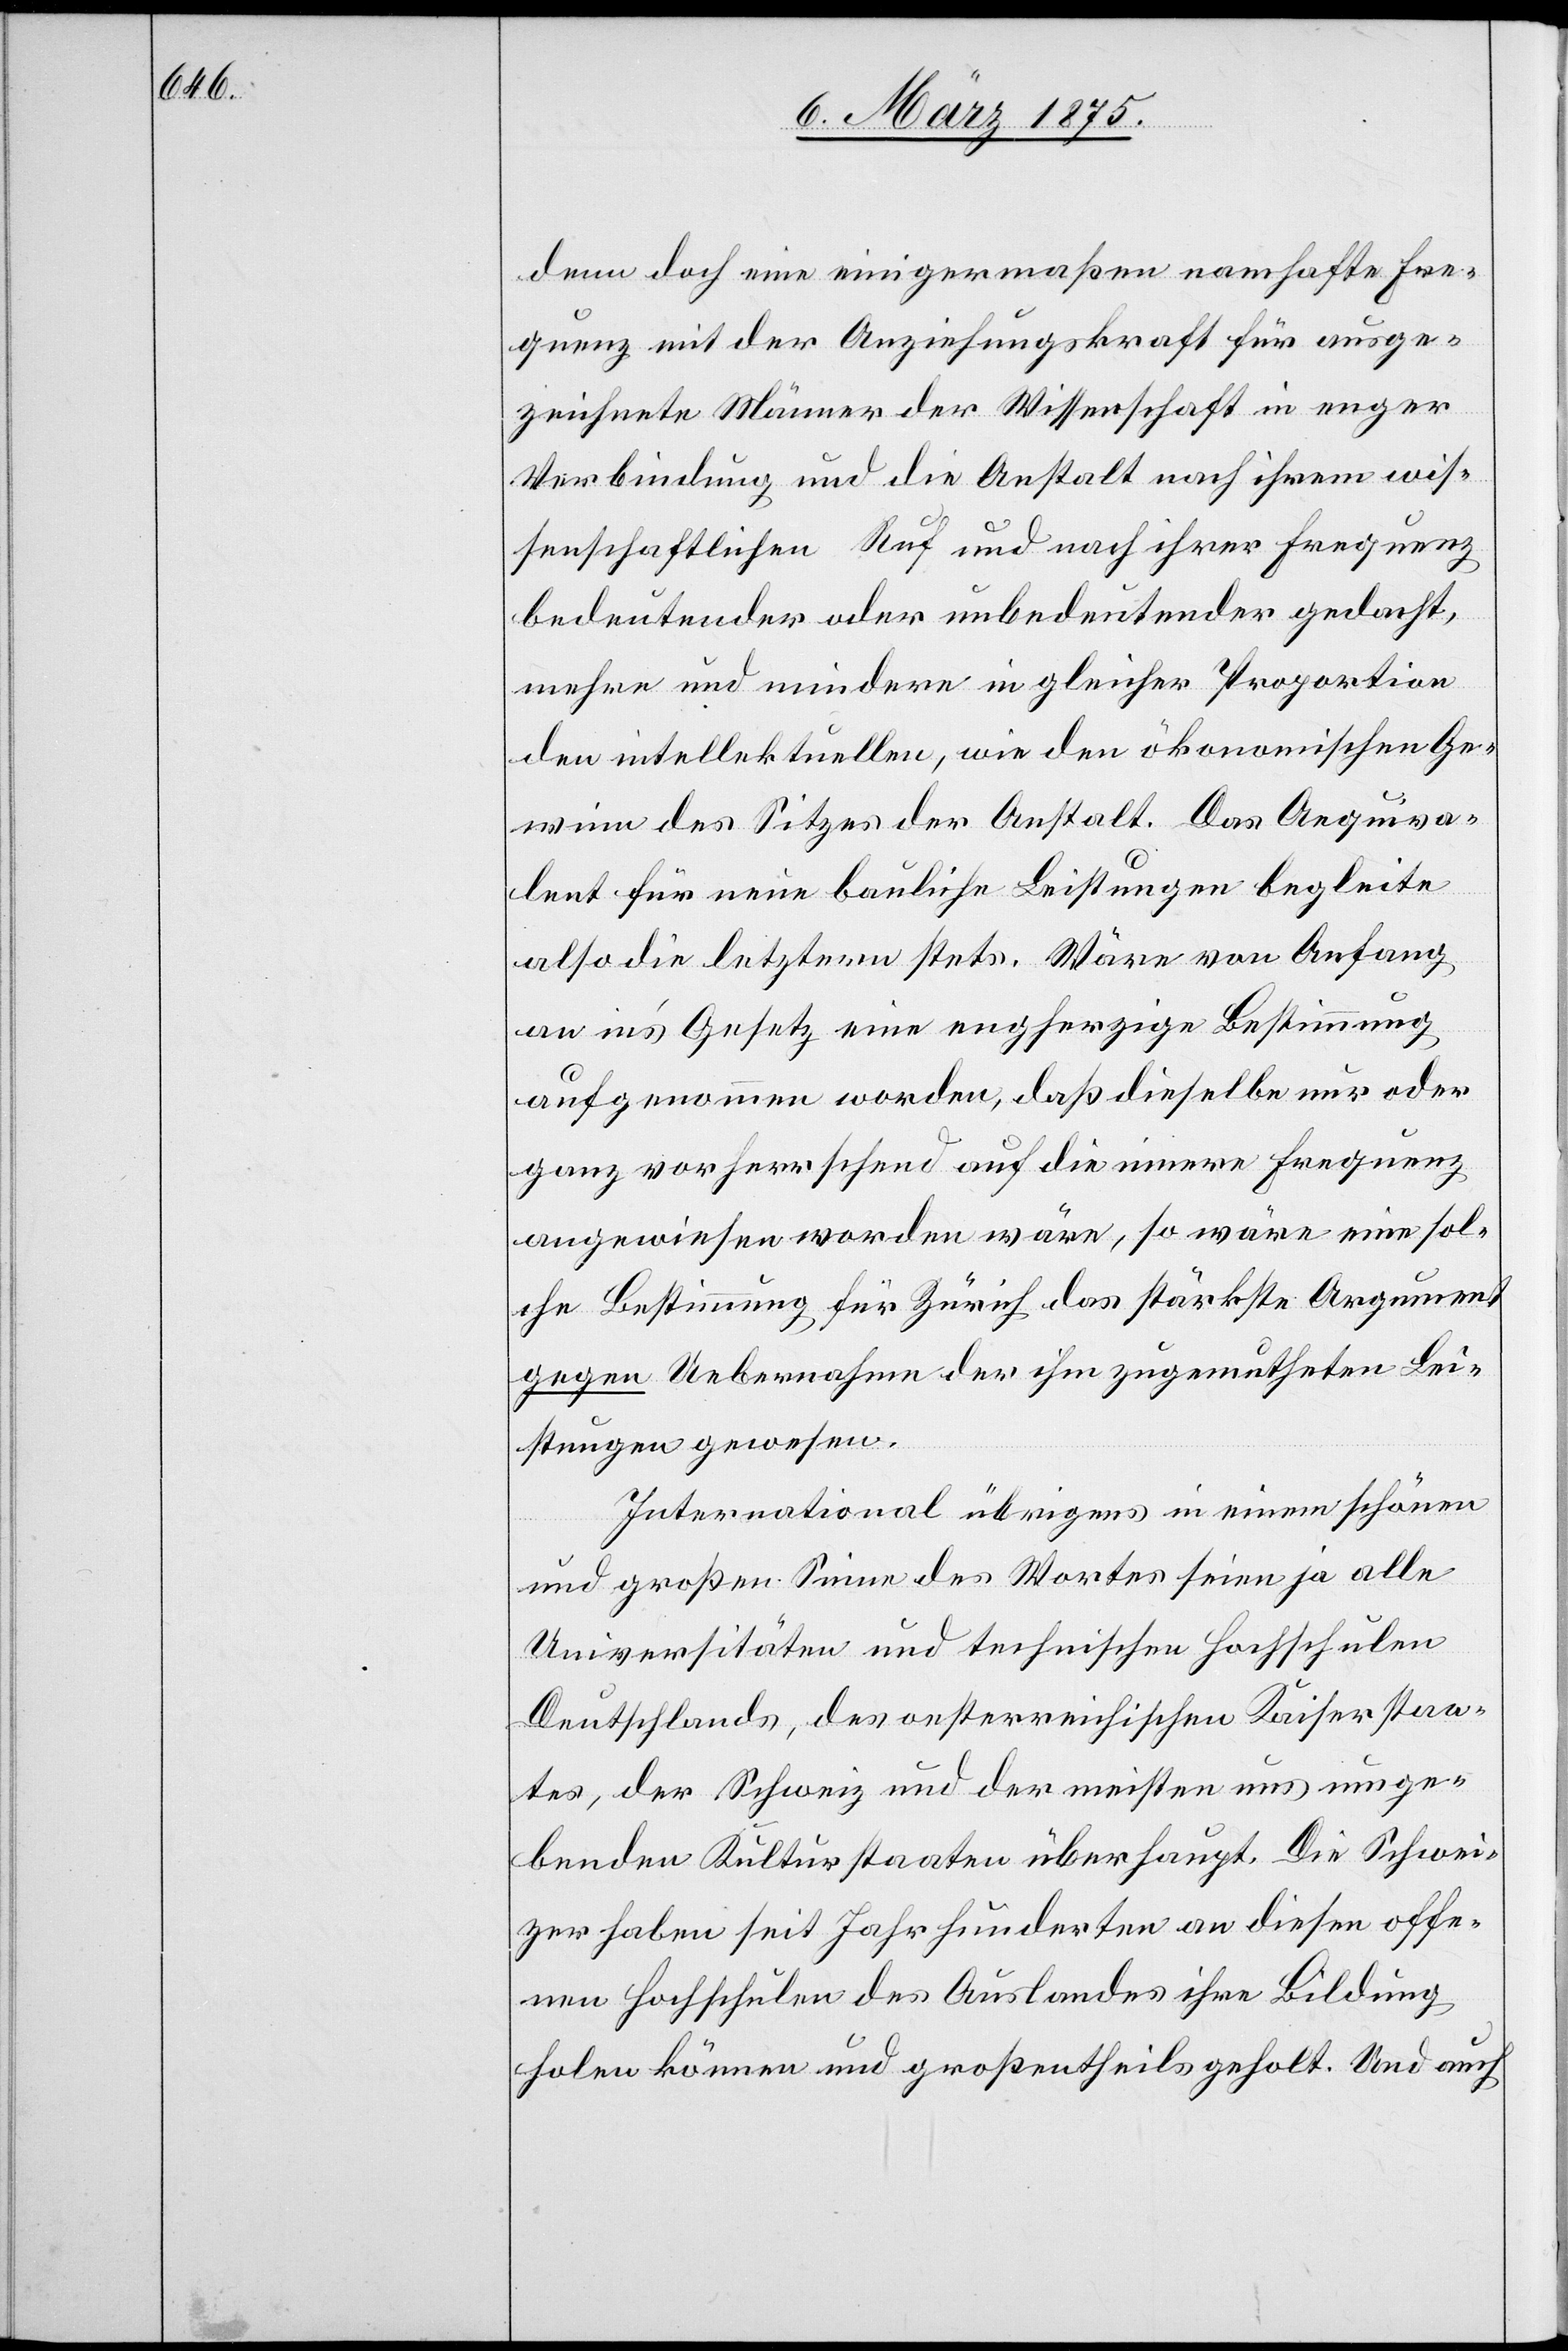
dem doch eine einigermaßen namhafte Fre¬
quenz mit der Anziehungskraft für ausge¬
zeichnete Männer der Wissenschaft in enger
Verbindung und die Anstalt nach ihrem wis¬
senschaftlichen Ruf und nach ihrer Frequenz
bedeutender oder unbedeutender gedacht,
mehre und mindere in gleicher Proportion
den intellektuellen, wie den ökonomischen Ge¬
winn des Sitzes der Anstalt. Das Aequiva¬
lent für neue bauliche Leistungen begleite
also die letztere stets. Wäre von Anfang
an in’s Gesetz eine engherzige Bestimmung
aufgenommen worden, daß dieselbe nur oder
ganz vorherrschend auf die innere Frequenz
angewiesen worden wäre, so wäre eine sol¬
che Bestimmung für Zürich das stärkste Argument
gegen Uebernahme der ihm zugemutheten Lei¬
stungen gewesen.
International übrigens in einem schönen
und großen Sinne des Wortes seien ja alle
Universitäten und technischen Hochschulen
Deutschlands, des oesterreichischen Kaiserstaa¬
tes, der Schweiz und der meisten uns umge¬
benden Kulturstaaten überhaupt. Die Schwei¬
zer haben seit Jahrhunderten an diesen offe¬
nen Hochschulen des Auslandes ihre Bildung
holen können und grötßentheils geholt. Und auch